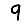
Digit: 9